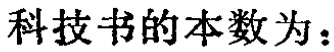
科技书的本数为：